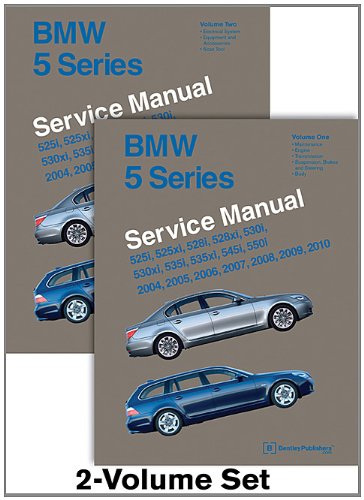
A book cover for BMW 5 Series (E60, E61) Service Manual: 2004, 2005, 2006, 2007, 2008, 2009, 2010; Bentley Publishers; Engineering & Transportation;